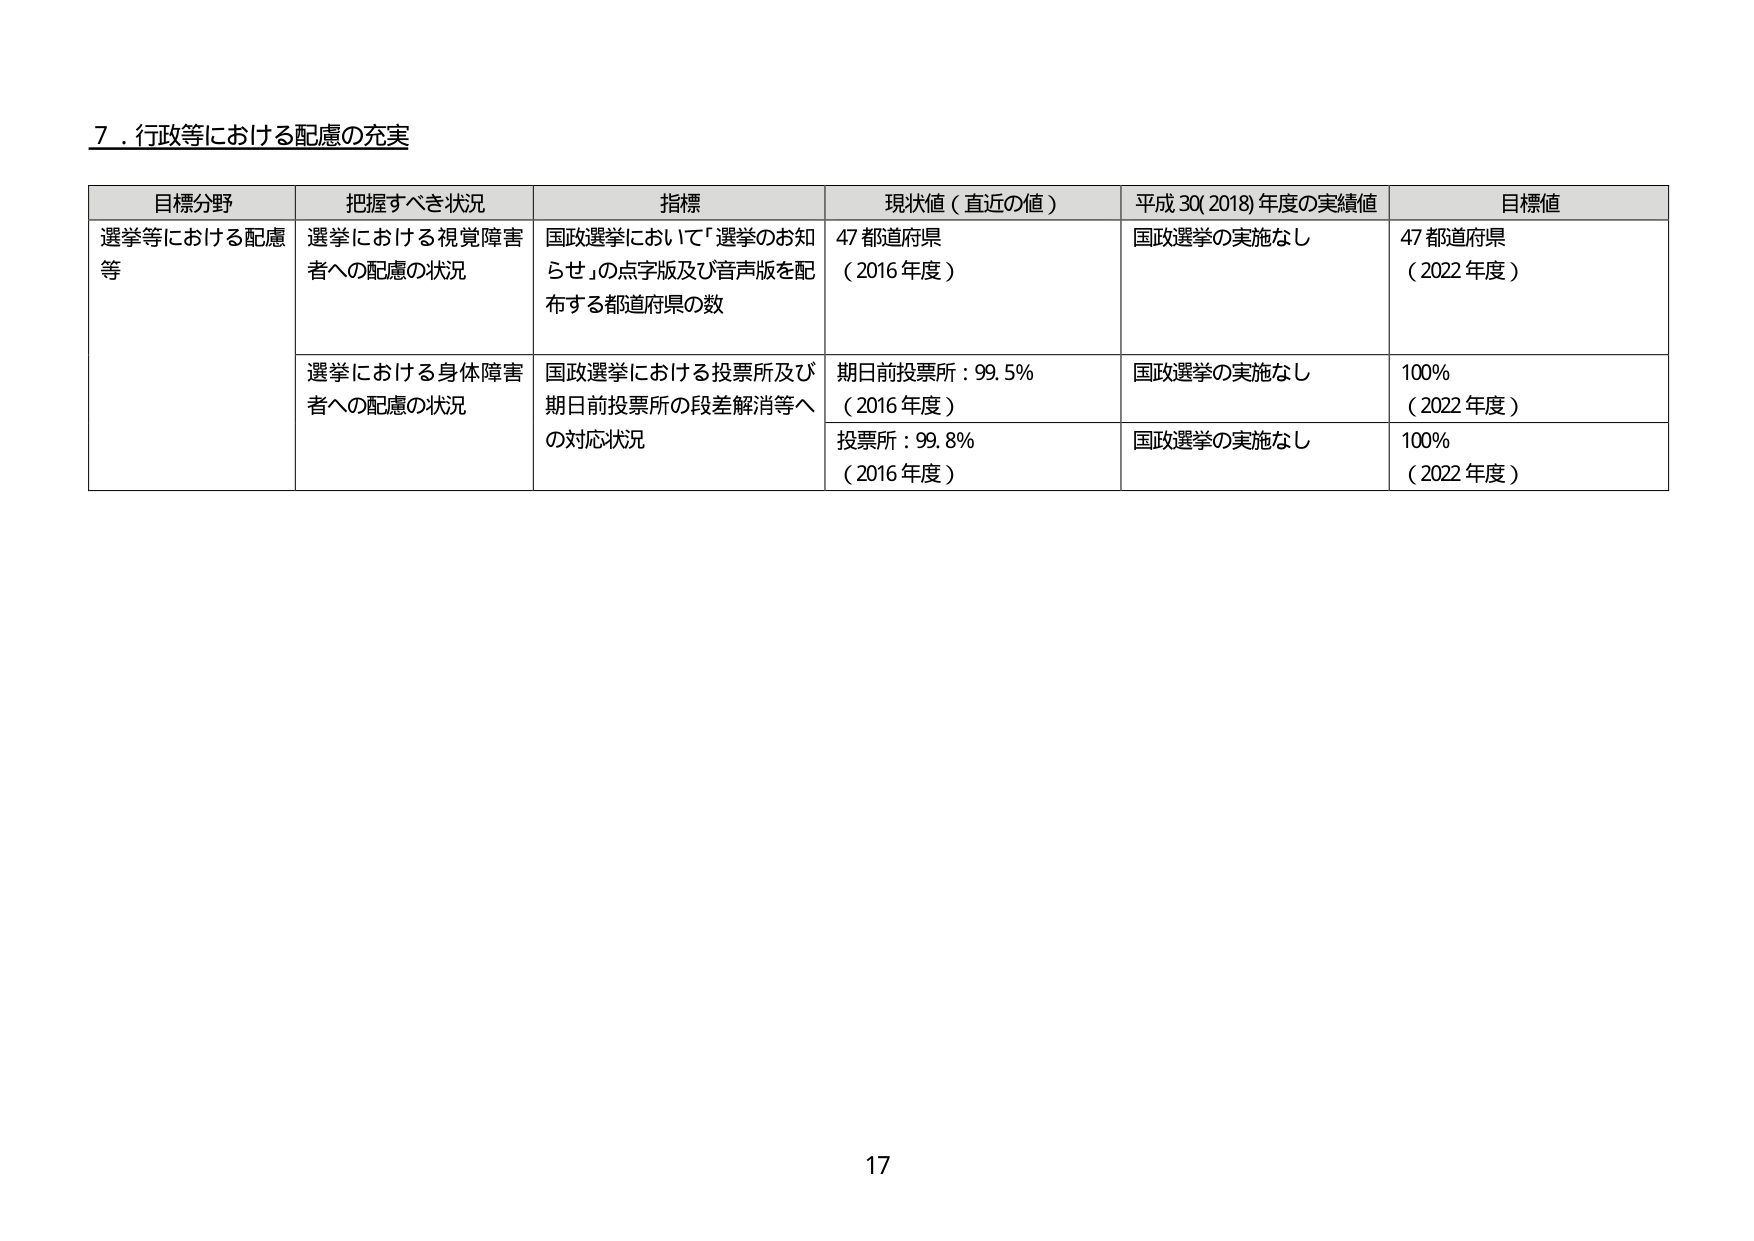
7．行政等における配慮の充実

目標分野 把握すべき状況 指標 現状値（直近の値） 平成30(2018)年度の実績値 目標値
選挙等における配慮等 選挙における視覚障害者への配慮の状況 国政選挙において「選挙のお知らせ」の点字版及び音声版を配布する都道府県の数 47都道府県（2016年度） 国政選挙の実施なし 47都道府県（2022年度）
選挙における身体障害者への配慮の状況 国政選挙における投票所及び期日前投票所の段差解消等への対応状況 期日前投票所：99.5%（2016年度） 国政選挙の実施なし 100%（2022年度）
投票所：99.8%（2016年度） 国政選挙の実施なし 100%（2022年度）

17